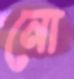
নো